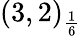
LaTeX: (3,2)_{\frac{1}{6}}